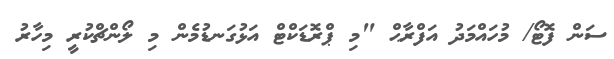
ސަން ފޮޓޯ/ މުހައްމަދު އަފްރާޙް "މި ޕްރޮޑަކްޓް އަޅުގަނޑުމެން މި ލޯންޗްކުރީ މިހާރު